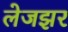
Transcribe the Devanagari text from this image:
लेजझर